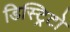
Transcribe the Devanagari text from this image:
डिस्ट्रिटो